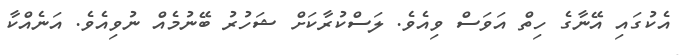
އެކުގައި އޭނާގެ ހިތް އަވަސް ވިއެވެ. ލަސްކުރާކަށް ޝަހުރު ބޭނުމެއް ނުވިއެވެ. އަނެއްކާ